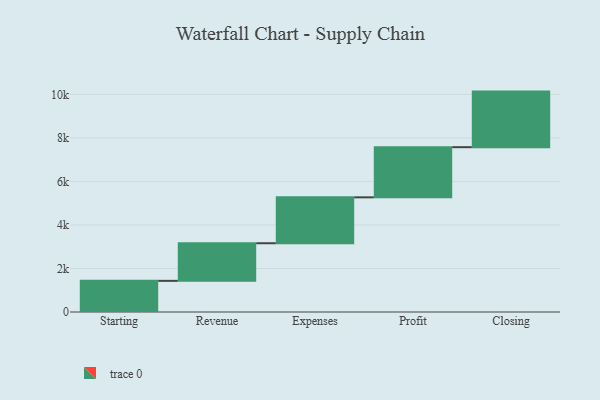
{"axis": {"x": "Step", "y": "Value"}, "legend": [""], "data": [{"x": "Starting", "y": 1432.0, "type": ""}, {"x": "Revenue", "y": 1729.0, "type": ""}, {"x": "Expenses", "y": 2110.0, "type": ""}, {"x": "Profit", "y": 2306.0, "type": ""}, {"x": "Closing", "y": 2555.0, "type": ""}]}